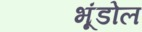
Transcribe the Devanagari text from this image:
भूंडोल